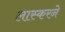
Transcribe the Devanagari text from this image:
लास्करने